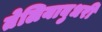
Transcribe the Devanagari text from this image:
तेलियाबुधरी